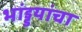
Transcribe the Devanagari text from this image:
भांड्डयांचा